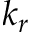
k _ { r }